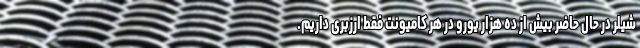
شیلر در حال حاضر بیش از ده هزار یورو در هر کامیونت فقط ارزبری داریم.